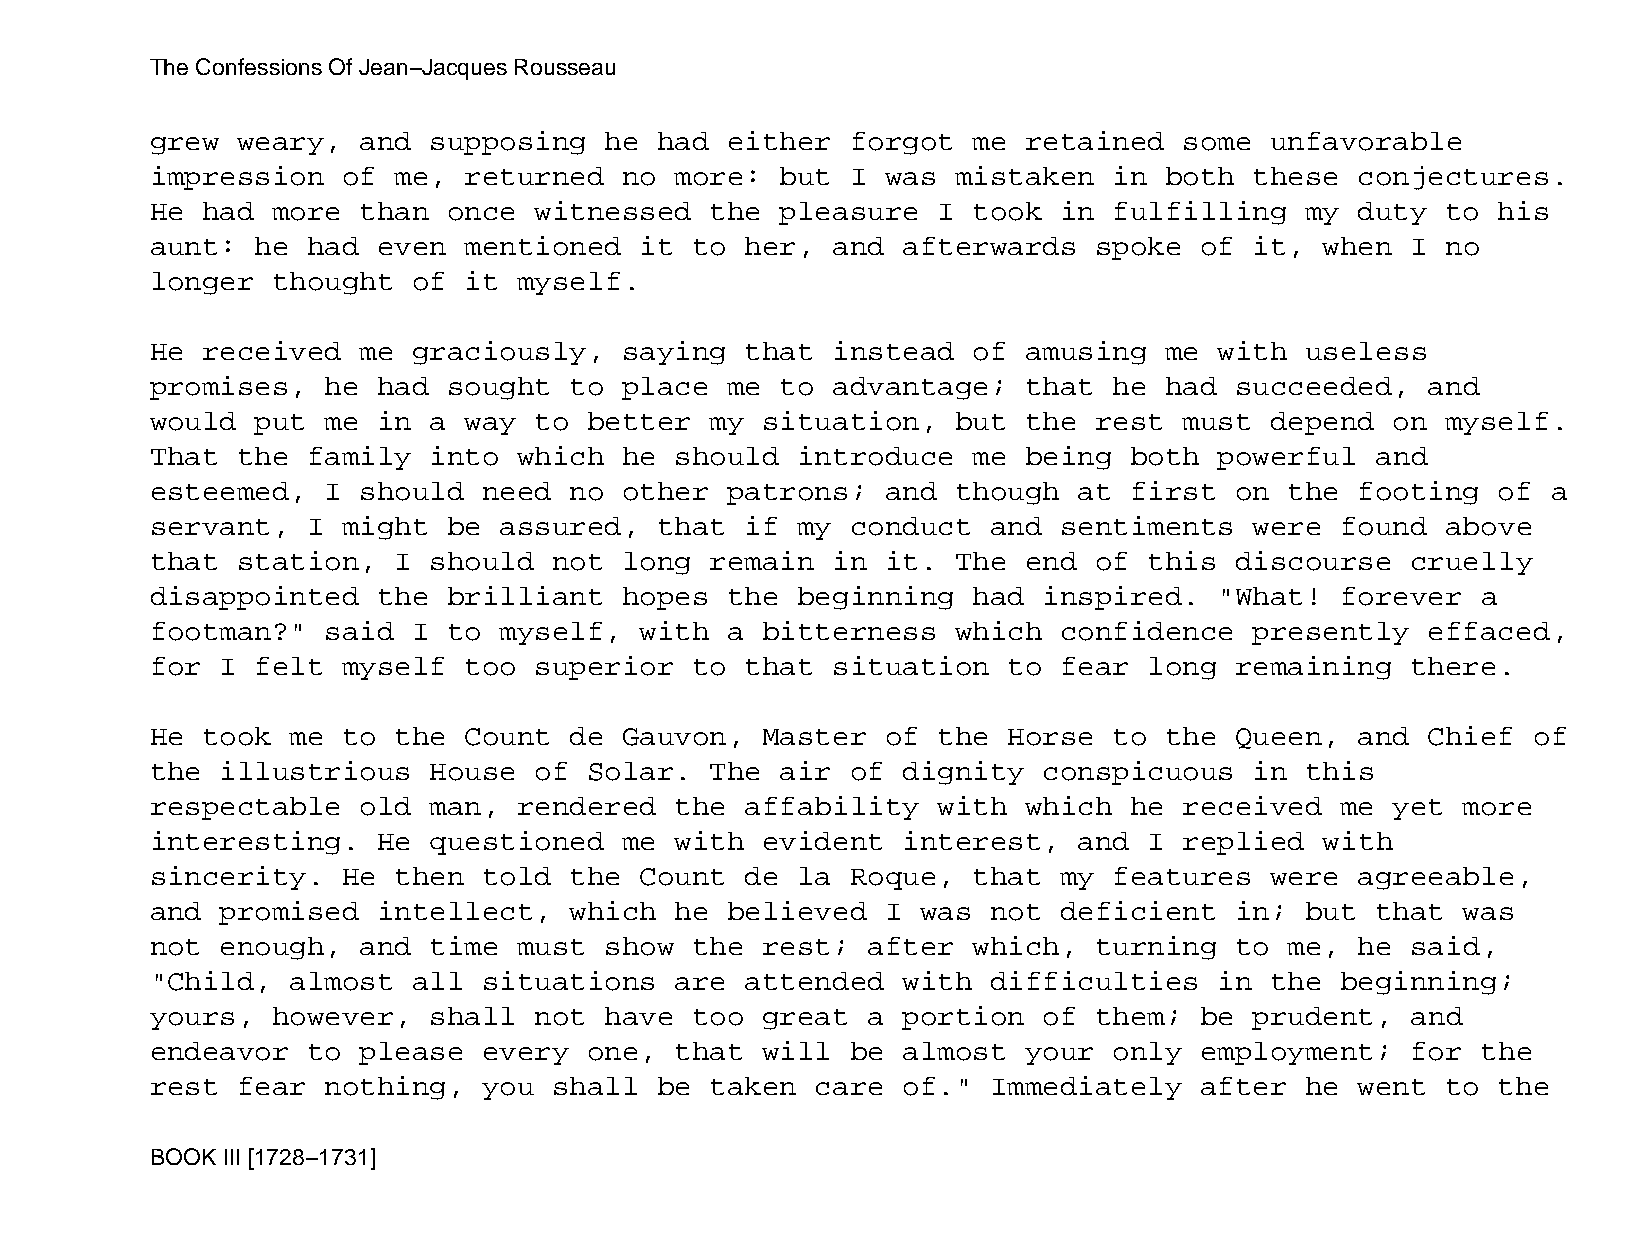
The Confessions Of Jean−Jacques Rousseau
 grew  weary,  and supposing   he  had either  forgot  me  retained  some  unfavorable
 impression   of me,  returned  no  more:  but I  was mistaken   in both  these  conjectures.
 He had  more  than  once witnessed   the  pleasure  I took  in  fulfilling  my  duty  to his
 aunt:  he had  even  mentioned  it  to her,  and  afterwards  spoke  of  it,  when I  no
 longer  thought  of  it myself.
 He received   me graciously,   saying  that  instead  of  amusing  me  with useless
 promises,   he had  sought  to place  me  to advantage;   that  he had  succeeded,   and
 would  put  me in a  way to  better  my situation,   but  the rest  must  depend  on  myself.
 That  the family  into  which  he  should  introduce  me  being  both  powerful  and
 esteemed,   I should  need  no other  patrons;   and though  at  first  on the  footing  of  a
 servant,  I  might  be assured,   that if  my conduct   and sentiments   were  found  above
 that  station,  I should   not long  remain  in  it. The  end of  this  discourse  cruelly
 disappointed   the  brilliant  hopes  the  beginning  had  inspired.   "What!  forever  a
 footman?"   said I  to myself,  with  a bitterness   which  confidence   presently   effaced,
 for  I felt  myself  too superior   to that  situation   to fear  long  remaining  there.
 He took  me  to the  Count  de Gauvon,  Master   of the  Horse  to the  Queen,  and  Chief of
 the  illustrious  House  of  Solar.  The  air of  dignity  conspicuous   in this
 respectable   old man,  rendered   the affability   with  which  he received   me yet  more
 interesting.   He questioned   me  with evident   interest,  and  I replied   with
 sincerity.   He then  told  the Count  de  la Roque,  that  my  features  were  agreeable,
 and  promised  intellect,   which  he believed   I was  not deficient   in; but  that  was
 not  enough,  and time  must  show  the rest;  after  which,  turning   to me,  he said,
 "Child,  almost  all  situations   are attended   with  difficulties   in the  beginning;
 yours,  however,  shall  not  have  too great  a  portion  of them;  be  prudent,  and
 endeavor  to  please  every  one,  that will  be  almost  your  only employment;   for  the
 rest  fear  nothing,  you  shall  be taken  care  of."  Immediately  after  he  went  to the
 BOOK III [1728−1731]